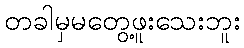
တခါမှမတွေ့ဖူးသေးဘူး